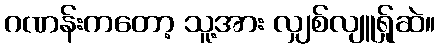
ဂဏန်းကတော့ သူ့အား လျှစ်လျူရ်ှုဆဲ။